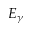
E _ { \gamma }